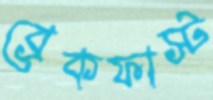
ব্রেকফাস্ট